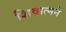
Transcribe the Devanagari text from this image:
शिवात्मने